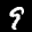
Label: 9